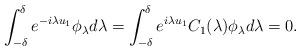
LaTeX: \begin{align*}\int_{-\delta}^\delta e^{-i\lambda u_1} \phi_\lambda d\lambda =\int_{-\delta}^\delta e^{i\lambda u_1} C_1(\lambda)\phi_\lambda d\lambda = 0.\end{align*}